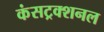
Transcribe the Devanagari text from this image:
कंसट्रक्शनल